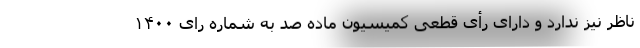
ناظر نیز ندارد و دارای رأی قطعی کمیسیون ماده صد به شماره رای ۱۴۰۰